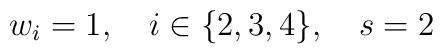
w_i=1, \quad i \in \{2,3,4\}, \quad s = 2